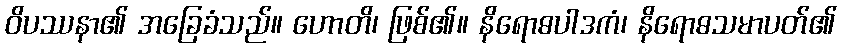
ဝိပဿနာ၏ အခြေခံသည်။ ဟောတိ၊ ဖြစ်၏။ နိရောဓပါဒကံ၊ နိရောဓသမာပတ်၏